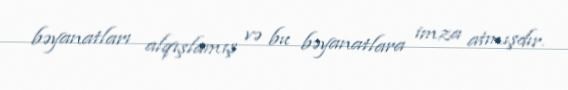
bəyanatları alqışlamış və bu bəyanatlara imza atmışdır.